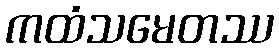
ကထံသမေတဿ